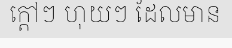
ក្តៅៗ ហុយៗ ដែលមាន